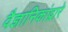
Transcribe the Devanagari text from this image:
वैज्ञानिकांद्वारे